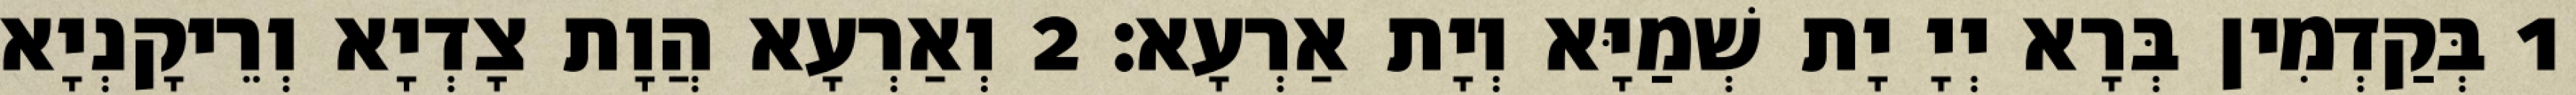
1 בְּקַדְמִין בְּרָא יְיָ יָת שְׁמַיָּא וְיָת אַרְעָא׃ 2 וְאַרְעָא הֲוָת צָדְיָא וְרֵיקָנְיָא